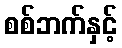
စစ်ဘက်နှင့်